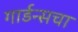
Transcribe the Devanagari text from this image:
गार्डन्सचा